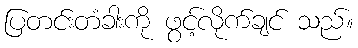
ပြတင်းတံခါးကို ဖွင့်လိုက်ချင် သည်။